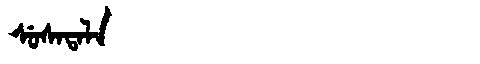
Manchu: ᠰᡠᠰᠠᡨᠠᠯᠠ
Romanization: SUSATALA